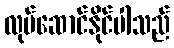
လုပ်ဆောင်နိုင်ပါသည်